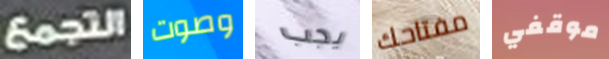
التجمع وصوت يجب مفتاحك موقفي